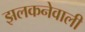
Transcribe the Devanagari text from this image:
झलकनेवाली